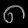
Digit: ၈